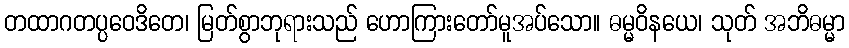
တထာဂတပ္ပဝေဒိတေ၊ မြတ်စွာဘုရားသည် ဟောကြားတော်မူအပ်သော။ ဓမ္မဝိနယေ၊ သုတ် အဘိဓမ္မာ